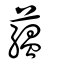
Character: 藴